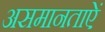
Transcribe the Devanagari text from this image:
असमानताऐं